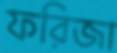
ফরিজা